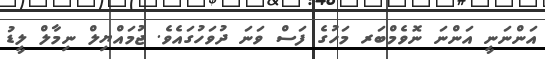
އަންނަނީ އަންނަ ނޮވެމްބަރ މަހުގެ ފަސް ވަނަ ދުވަހުގައެވެ. ޖުމައްޔިލް ނިމާލް ލީޑު